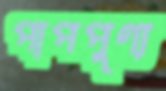
পাপপুণ্য